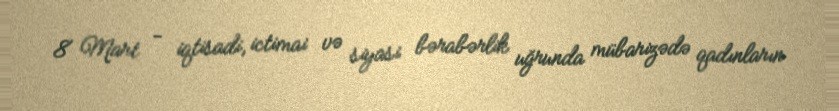
8 Mart - iqtisadi, ictimai və siyasi bərabərlik uğrunda mübarizədə qadınların